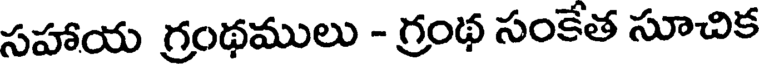
సహాయ గ్రంథములు - గ్రంథ సంకేత సూచిక